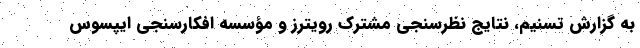
به گزارش تسنیم، نتایج نظرسنجی مشترک رویترز و مؤسسه افکارسنجی ایپسوس